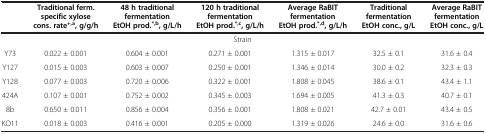
|  | Traditional ferm. specific xylose cons. rate+,a, g/g/h | 48 h traditional fermentation EtOH prod.*,b, g/L/h | 120 h traditional fermentation EtOH prod.*,c, g/L/h | Average RaBIT fermentation EtOH prod.*,d, g/L/h | Traditional fermentation EtOH conc., g/L | Average RaBIT fermentation EtOH conc., g/L |
 | --- | --- | --- | --- | --- | --- | --- |
 | <COLSPAN=7> Strain |
 | Y73 | 0.022 ± 0.001 | 0.604 ± 0.001 | 0.271 ± 0.001 | 1.315 ± 0.017 | 32.5 ± 0.1 | 31.6 ± 0.4 |
 | Y127 | 0.015 ± 0.003 | 0.603 ± 0.007 | 0.250 ± 0.001 | 1.346 ± 0.014 | 30.0 ± 0.2 | 32.3 ± 0.3 |
 | Y128 | 0.077 ± 0.003 | 0.720 ± 0.006 | 0.322 ± 0.001 | 1.808 ± 0.045 | 38.6 ± 0.1 | 43.4 ± 1.1 |
 | 424A | 0.107 ± 0.001 | 0.752 ± 0.002 | 0.345 ± 0.003 | 1.694 ± 0.005 | 41.3 ± 0.3 | 40.7 ± 0.1 |
 | 8b | 0.650 ± 0.011 | 0.856 ± 0.004 | 0.356 ± 0.001 | 1.808 ± 0.021 | 42.7 ± 0.01 | 43.4 ± 0.5 |
 | KO11 | 0.018 ± 0.003 | 0.416 ± 0.001 | 0.205 ± 0.000 | 1.319 ± 0.026 | 24.6 ± 0.0 | 31.6 ± 0.6 |